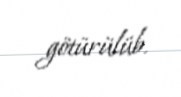
götürülüb.